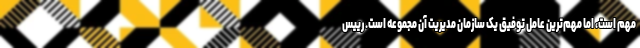
مهم است، اما مهم‌ترین عامل توفیق یک سازمان مدیریت آن مجموعه است. رییس